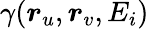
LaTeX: \gamma(\boldsymbol{r}_{u},\boldsymbol{r}_{v},E_{i})